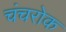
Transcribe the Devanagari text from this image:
चंचरोक